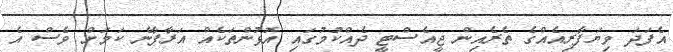
އެފަދަ ވިޔަފާރިއެއްގެ ތެރެއިން ޖީއެސްޓީ ދެއްކުމުގައި އޮޅުންތަކެއް އަރާފާނެ ކަމަށް ވެސް އެ